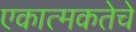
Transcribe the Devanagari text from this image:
एकात्मकतेचे